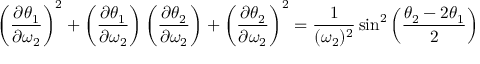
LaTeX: \left( { \frac { \partial \theta _ { 1 } } { \partial \omega _ { 2 } } } \right) ^ { 2 } + \left( { \frac { \partial \theta _ { 1 } } { \partial \omega _ { 2 } } } \right) \left( { \frac { \partial \theta _ { 2 } } { \partial \omega _ { 2 } } } \right) + \left( { \frac { \partial \theta _ { 2 } } { \partial \omega _ { 2 } } } \right) ^ { 2 } = { \frac { 1 } { ( \omega _ { 2 } ) ^ { 2 } } } \sin ^ { 2 } \left( { \frac { \theta _ { 2 } - 2 \theta _ { 1 } } { 2 } } \right)